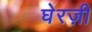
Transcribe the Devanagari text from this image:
घेरज़ी